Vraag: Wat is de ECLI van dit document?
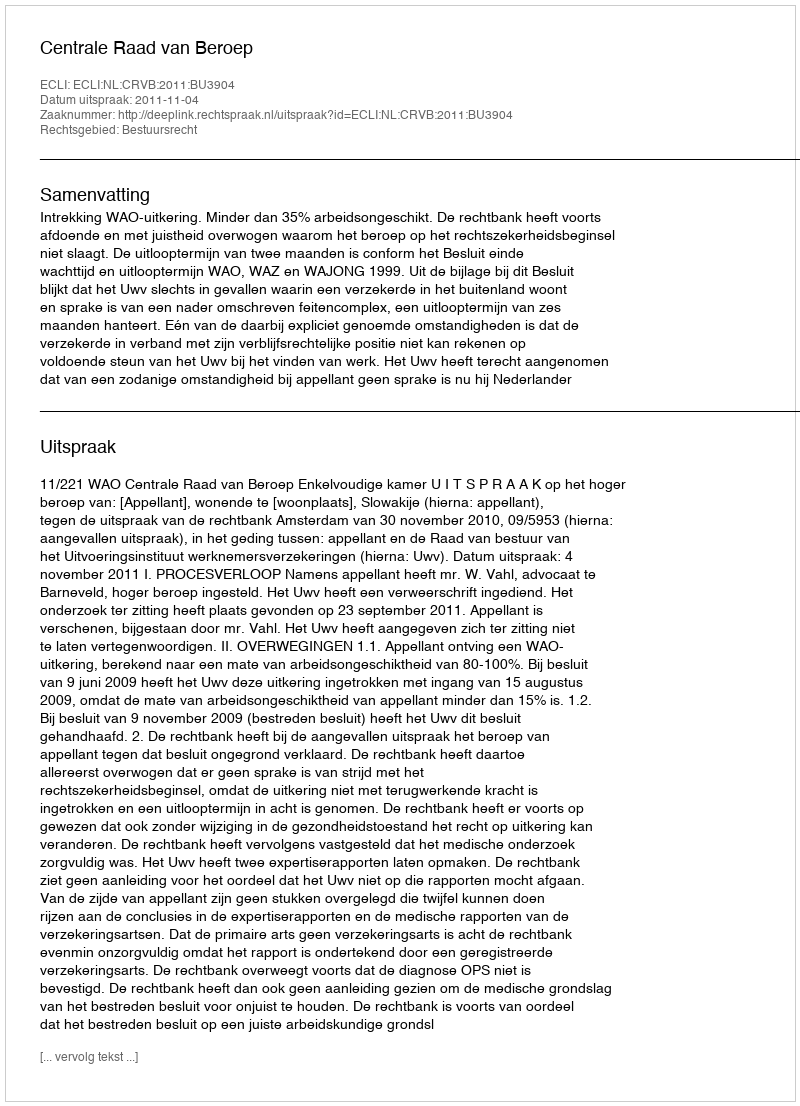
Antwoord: ECLI:NL:CRVB:2011:BU3904